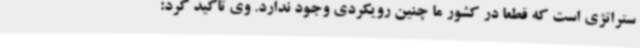
ستراتژی است که قطعا در کشور ما چنین رویکردی وجود ندارد. وی تاکید کرد: